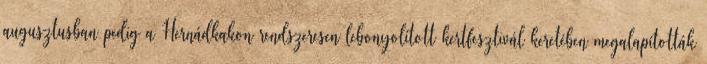
augusztusban pedig a Hernádkakon rendszeresen lebonyolított kertfesztivál keretében megalapították